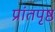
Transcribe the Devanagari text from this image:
प्रांतपृष्ठ